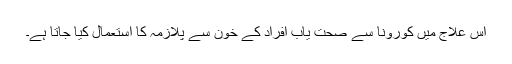
اس علاج میں کورونا سے صحت یاب افراد کے خون سے پلازمہ کا استعمال کیا جاتا ہے۔